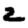
Digit: 2